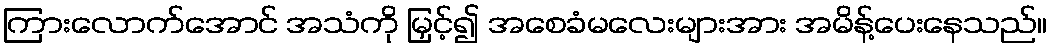
ကြားလောက်အောင် အသံကို မြှင့်၍ အစေခံမလေးများအား အမိန့်ပေးနေသည်။